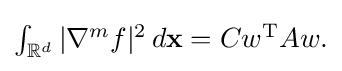
{\textstyle \int _{{\mathcal {\mathbb {R} }}^{d}}|\nabla ^{m}f|^{2}\,d\mathbf {x} =Cw^{\textrm {T}}Aw.}